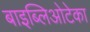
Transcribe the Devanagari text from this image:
बाइब्लिओटेका